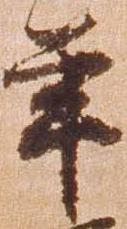
年